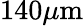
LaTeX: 140\mu\mathrm{m}